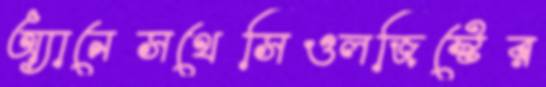
অ্যানেসথেসিওলজিস্টের